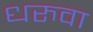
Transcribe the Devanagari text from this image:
धरुवा